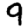
Digit: 9